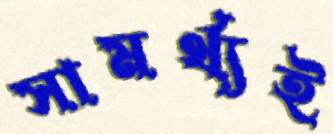
সামর্থ্যই